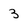
Character: 3